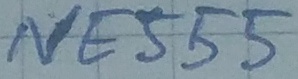
Text: NE555